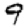
Digit: 9